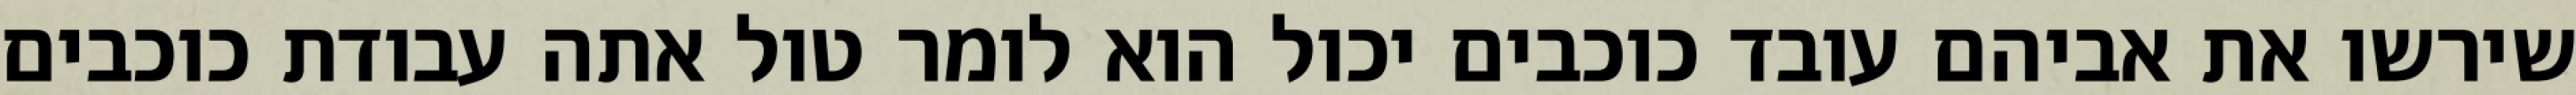
שירשו את אביהם עובד כוכבים יכול הוא לומר טול אתה עבודת כוכבים